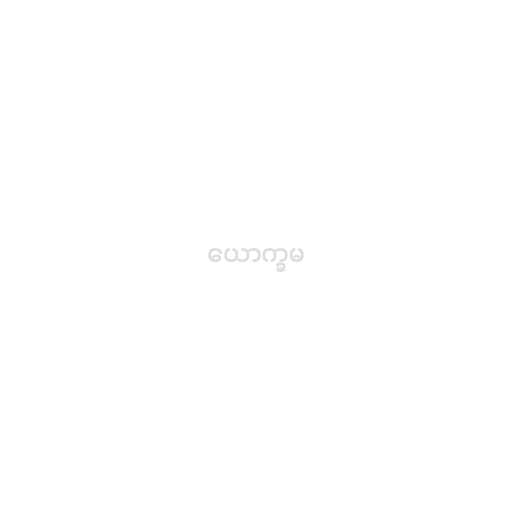
ယောက္ခမ